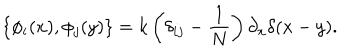
\left\{ \phi _ { i } ( x ) , \phi _ { j } ( y ) \right\} = k \left( \delta _ { i j } - \frac { 1 } { N } \right) \partial _ { x } \delta ( x - y ) .